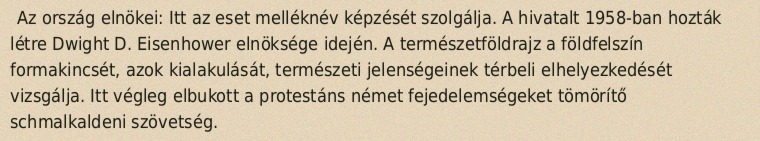
Az ország elnökei: Itt az eset melléknév képzését szolgálja. A hivatalt 1958-ban hozták létre Dwight D. Eisenhower elnöksége idején. A természetföldrajz a földfelszín formakincsét, azok kialakulását, természeti jelenségeinek térbeli elhelyezkedését vizsgálja. Itt végleg elbukott a protestáns német fejedelemségeket tömörítő schmalkaldeni szövetség.